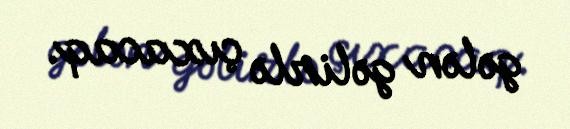
gələn gəlirlə çıxacaq.